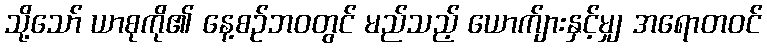
သို့သော် ယာစုကို၏ နေ့စဉ်ဘဝတွင် မည်သည့် ယောက်ျားနှင့်မျှ အရောတဝင်